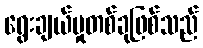
ရွေးချယ်မှုတစ်ခုဖြစ်သည်